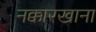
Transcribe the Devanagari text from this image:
नक्कारखाना